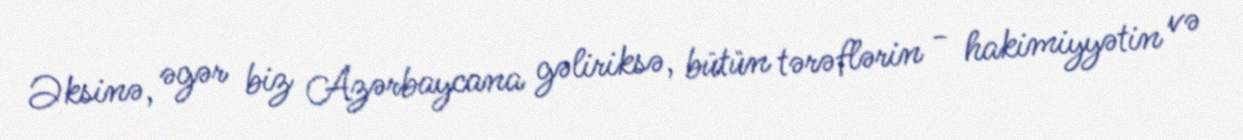
Əksinə, əgər biz Azərbaycana gəliriksə, bütün tərəflərin - hakimiyyətin və